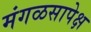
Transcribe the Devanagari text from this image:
मंगळसापेक्ष